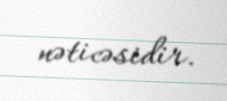
nəticəsidir.